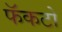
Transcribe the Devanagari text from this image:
फॅकटो